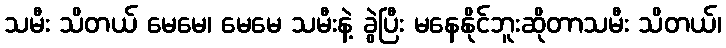
သမီး သိတယ် မေမေ၊ မေမေ သမီးနဲ့ ခွဲပြီး မနေနိုင်ဘူးဆိုတာသမီး သိတယ်၊